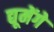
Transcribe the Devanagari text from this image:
द्यूमेंगे